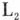
示，通过灯泡L和L2的电流分别为 ( )